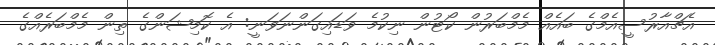
އެޗްއާރުސީއެމްގެ ބައެއް މެމްބަރުން ކޯޓުން ނިކުމެ ވަޑައިގަންނަވަނީ: އެ ކޮމިޝަންގެ ތިން މެމްބަރެއްގެ